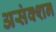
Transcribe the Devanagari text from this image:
असंक्शन